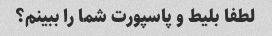
لطفا بلیط و پاسپورت شما را ببینم؟